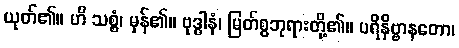
ယုတ်၏။ ဟိ သစ္စံ၊ မှန်၏။ ဗုဒ္ဓါနံ၊ မြတ်စွဘုရားတို့၏။ ပရိနိဗ္ဗာနတော၊